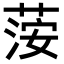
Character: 𦴴